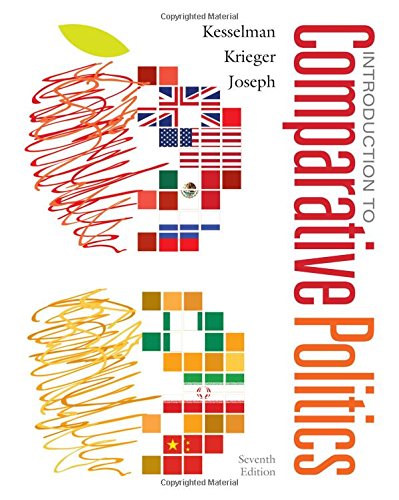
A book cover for Introduction to Comparative Politics: Political Challenges and Changing Agendas; Mark Kesselman; Law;